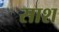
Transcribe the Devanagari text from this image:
साश